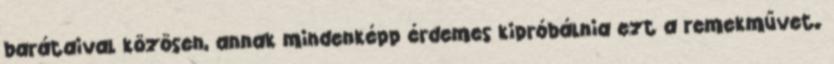
barátaival közösen, annak mindenképp érdemes kipróbálnia ezt a remekművet.